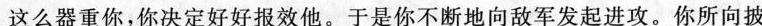
这么器重你，你决定好好报效他。于是你不断地向敌军发起进攻。你所向披